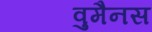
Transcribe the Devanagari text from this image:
वुमैनस